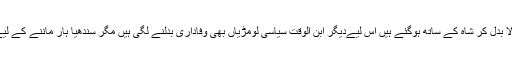
اب سینی بھی پالا بدل کر شاہ کے ساتھ ہوگئے ہیں اس لیےدیگر ابن الوقت سیاسی لومڑیاں بھی وفاداری بدلنے لگی ہیں مگر سندھیا ہار ماننے کے لیے تیار نہیں ہیں۔